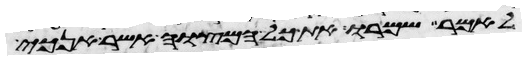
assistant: לאמר שמרו את כל המצוה אשר אנכי